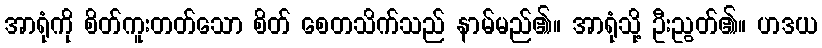
အာရုံကို စိတ်ကူးတတ်သော စိတ် စေတသိက်သည် နာမ်မည်၏။ အာရုံသို့ ဦးညွတ်၏။ ဟဒယ